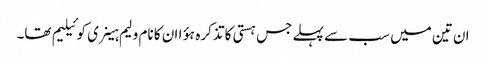
ان تین میں سب سے پہلے جس ہستی کا تذکرہ ہؤا ان کا نام ولیم ہینری کوئیلیم تھا۔